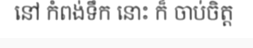
នៅ កំពង់ទឹក នោះ ក៏ ចាប់ចិត្ត